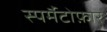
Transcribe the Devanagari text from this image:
स्पर्मैटोफ़ोर